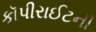
કૉપીરાઈટની